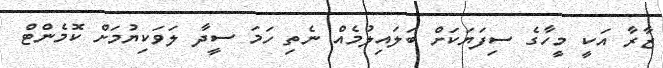
ޒާރާ އަކީ މީހާގެ ސިފަޔަކަށް ބަލައިލުމެއް ނެތި ހަމަ ސީދާ ލަވަކިޔުމަށް ކޮމެންޓް